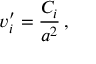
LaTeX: { v _ { i } ^ { \prime } } = \frac { C _ { i } } { a ^ { 2 } } \, ,